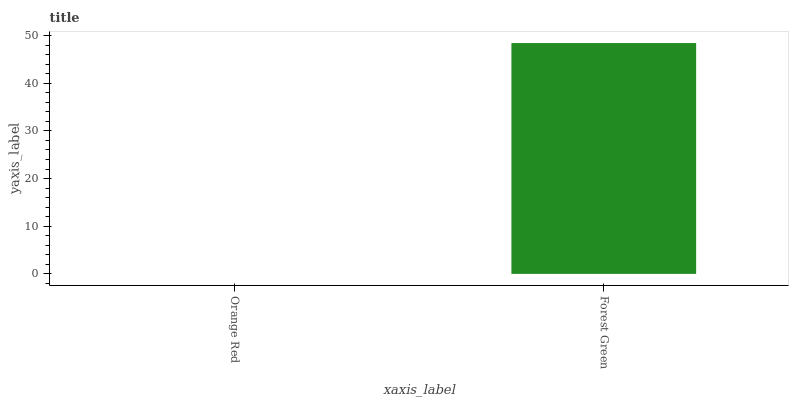
| xaxis_label | bars |
 | --- | --- |
 | Orange Red | 0 |
 | Forest Green | 48.4 |